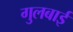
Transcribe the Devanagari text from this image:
गुलबाई